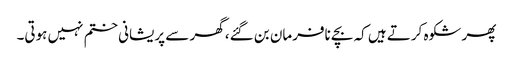
پھر شکوہ کرتے ہیں کہ بچے نافرمان بن گئے، گھر سے پریشانی ختم نہیں ہوتی۔